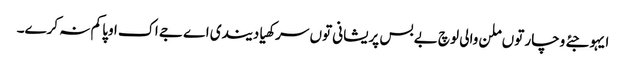
ایہو جئے وچار توں ملن والی لوچ بے بس پریشانی توں سرکھیا دیندی اے جے اک اوپا کم نہ کرے۔